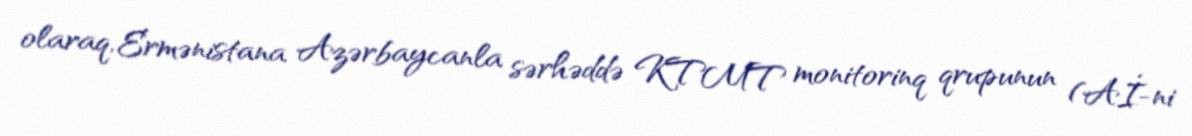
olaraq, Ermənistana Azərbaycanla sərhəddə KTMT monitorinq qrupunun (Aİ-ni